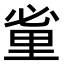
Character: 𨤩